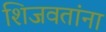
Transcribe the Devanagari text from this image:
शिजवतांना